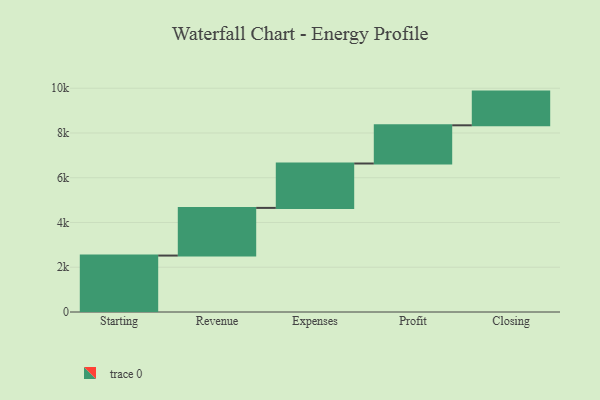
{"axis": {"x": "Step", "y": "Value"}, "legend": [""], "data": [{"x": "Starting", "y": 2522.0, "type": ""}, {"x": "Revenue", "y": 2130.0, "type": ""}, {"x": "Expenses", "y": 1984.0, "type": ""}, {"x": "Profit", "y": 1707.0, "type": ""}, {"x": "Closing", "y": 1506.0, "type": ""}]}